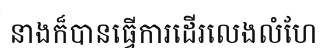
នាងក៏បានធ្វើការដើរលេងលំហែ